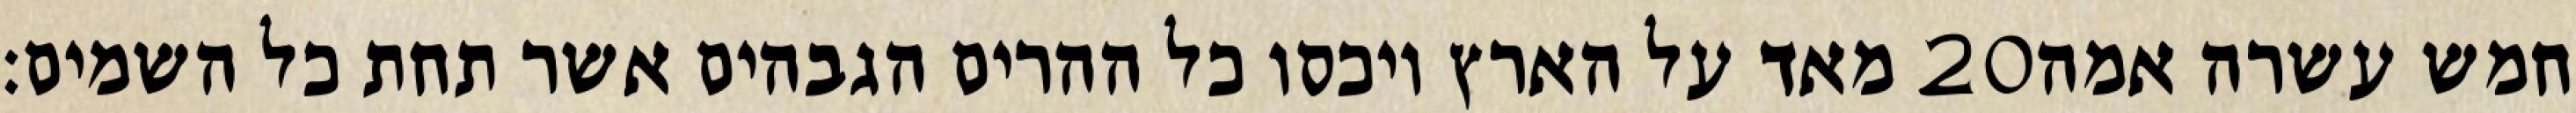
מאד על הארץ ויכסו כל ההרים הגבהים אשר תחת כל השמים׃ ‎20‏ חמש עשרה אמה